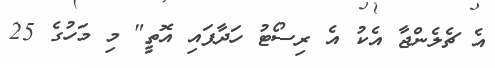
އެ ޗެލެންޖާ އެކު އެ ރިސޯޓު ހަދާފައި އޮތީ" މި މަހުގެ 25